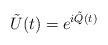
LaTeX: \begin{align*}\tilde{U}(t) = e^{i \tilde{Q}(t)}\end{align*}